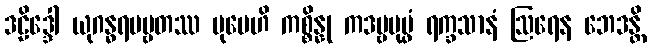
ဒဠိဒ္ဒေါ ယုဂန္ဓရပဗ္ဗတဿ ပုမေဟိ ကစ္စိန္နု ကဒမ္ဗပုပ္ဖံ ရက္ခသာနံ ဩရေန ဘေဒန္တိ